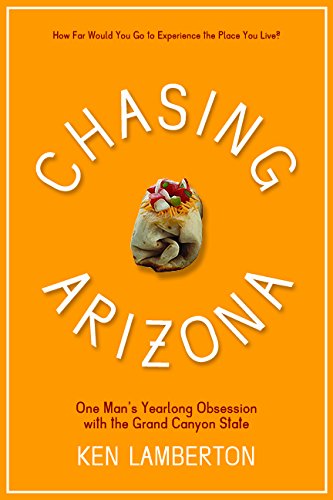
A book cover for Chasing Arizona: One ManEEs Yearlong Obsession with the Grand Canyon State; Ken Lamberton; Travel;